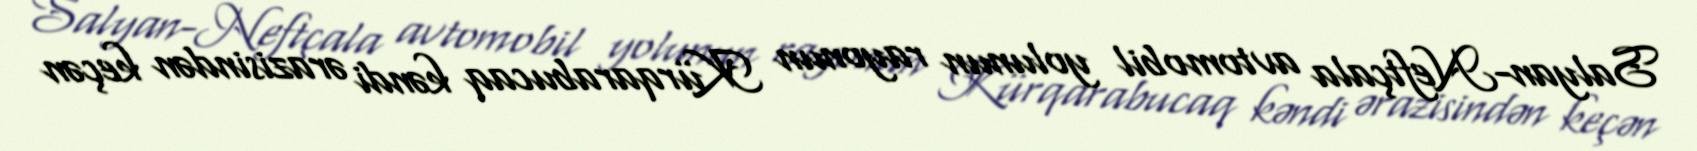
Salyan-Neftçala avtomobil yolunun rayonun Kürqarabucaq kəndi ərazisindən keçən